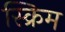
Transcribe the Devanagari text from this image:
स्क्रिम